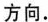
方向。